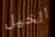
الخيل